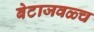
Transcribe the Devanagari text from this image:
बेटाजवळ्च